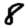
Digit: 8